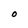
Character: O